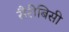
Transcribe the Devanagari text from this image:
सैरीबिसी